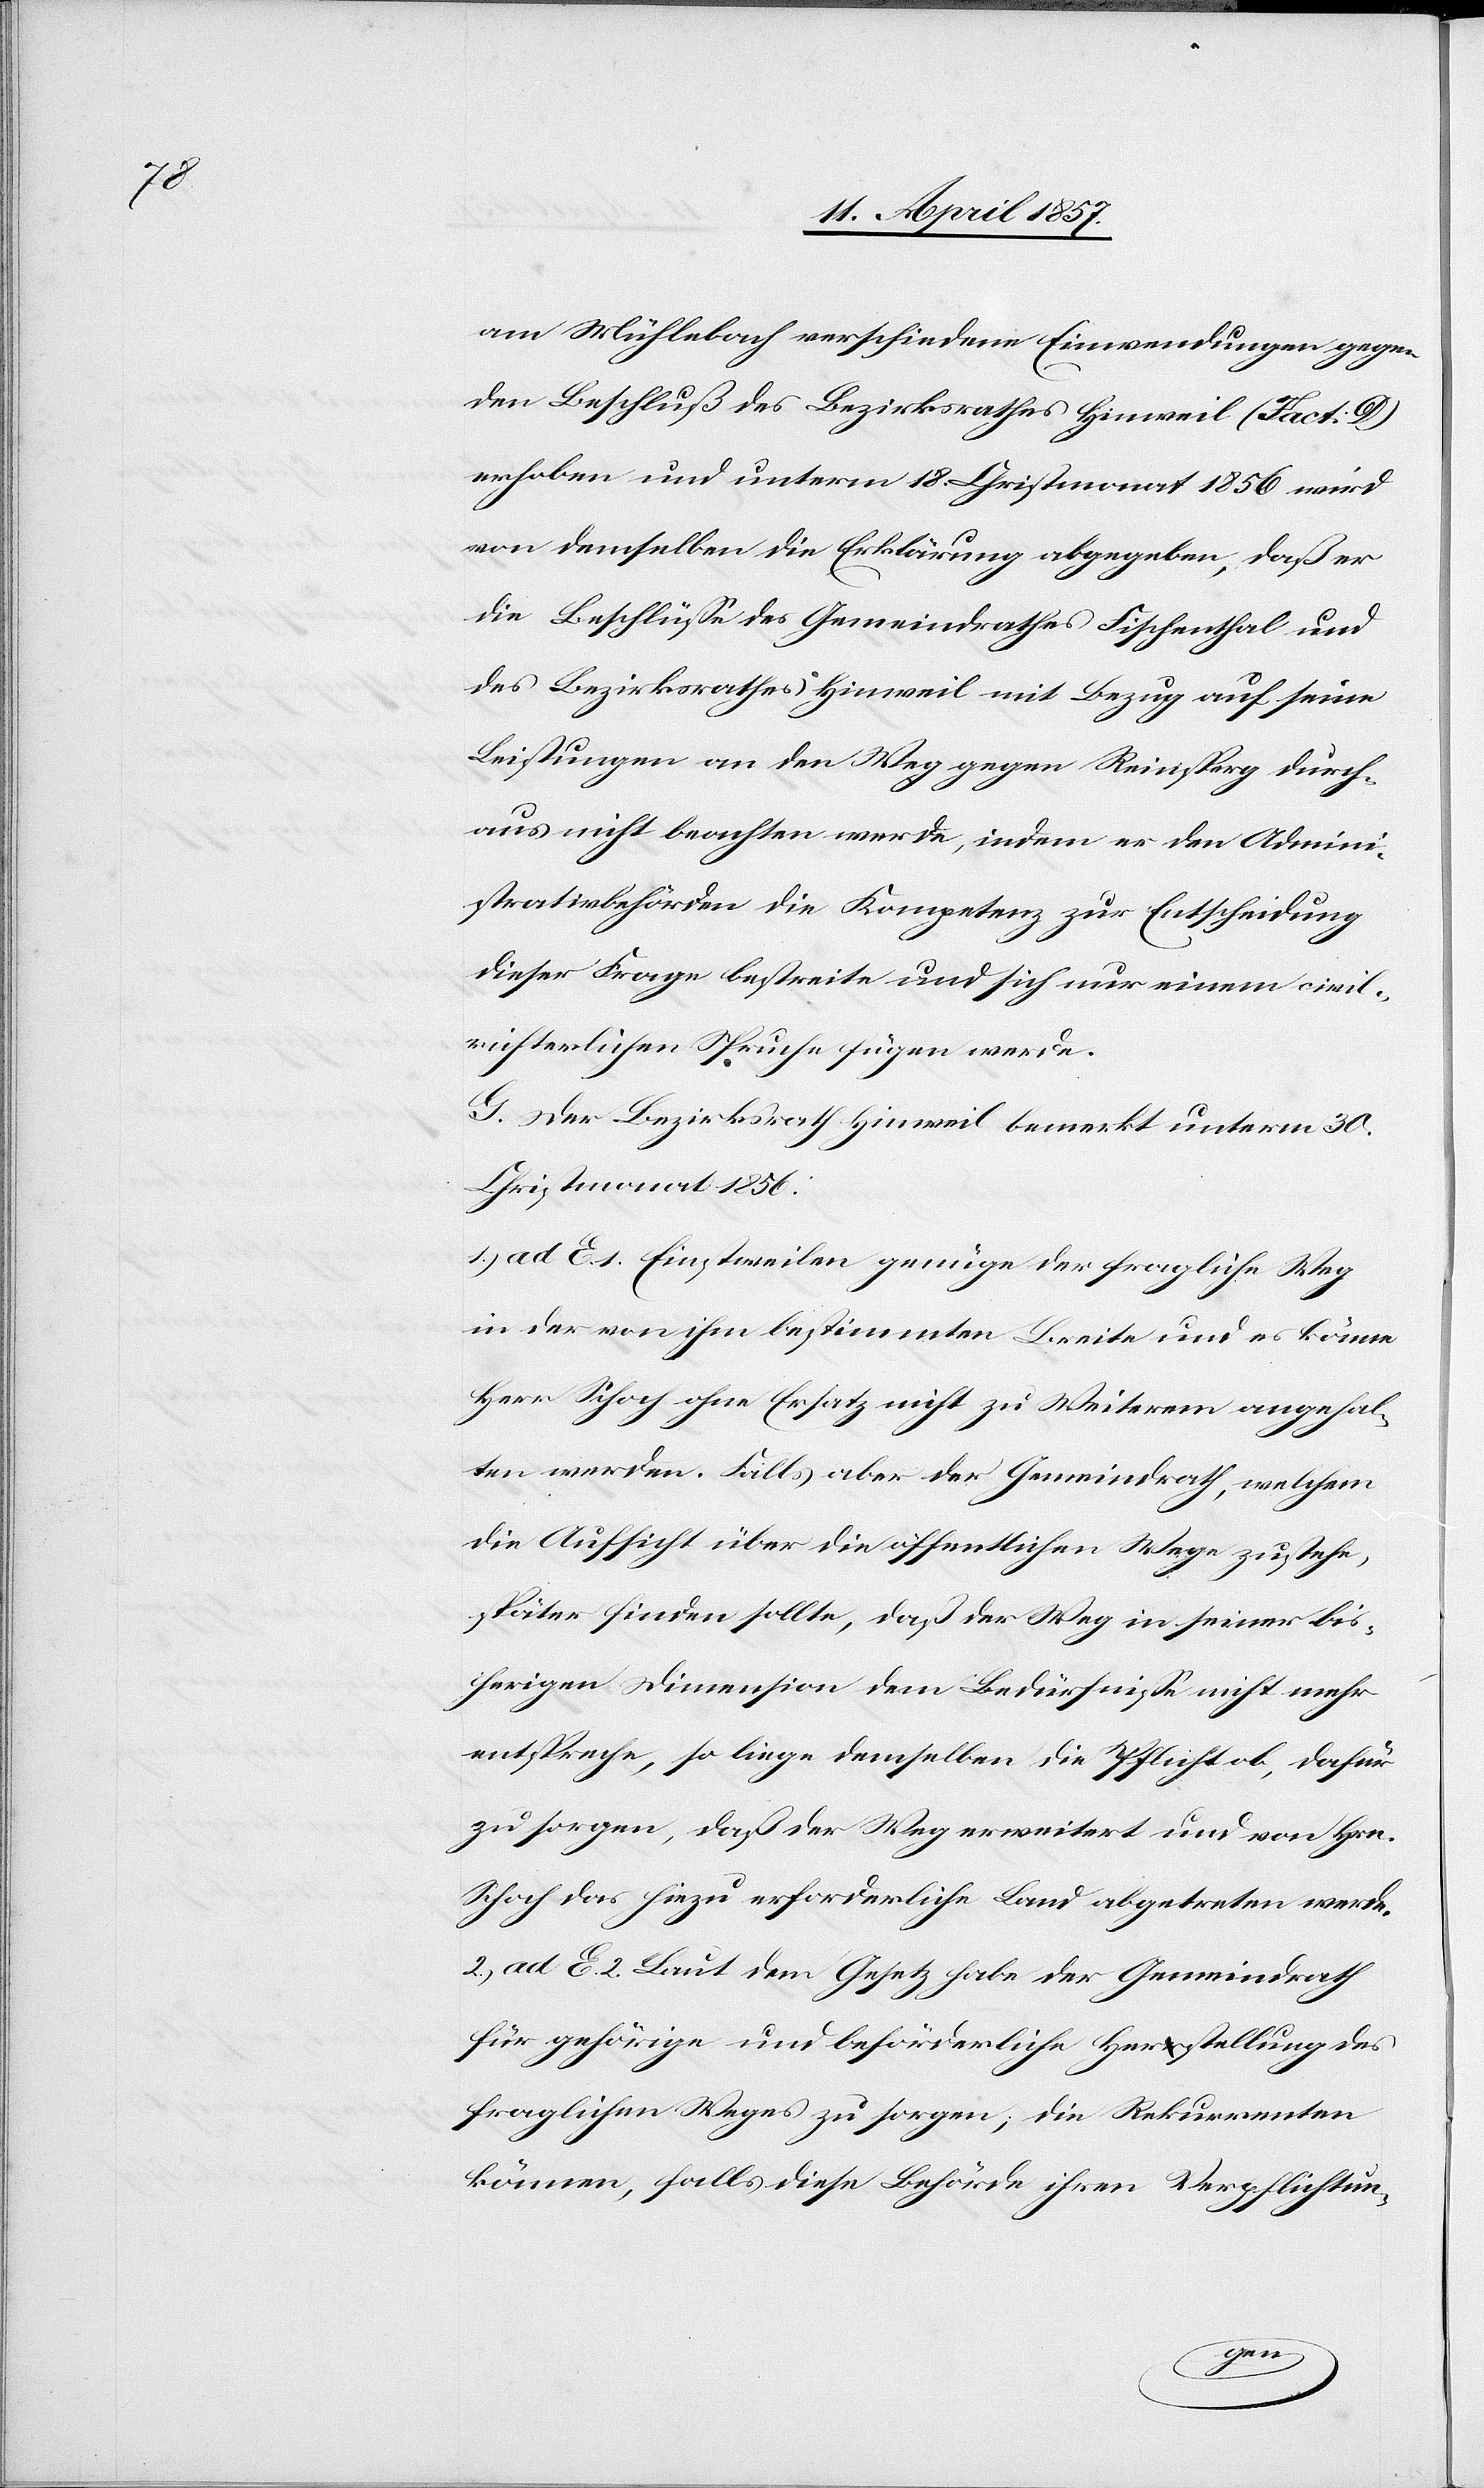
am Mühlebach verschiedene Einwendungen gegen
den Beschluß des Bezirksrathes Hinweil (Fact: D)
erhoben und unterm 18. Christmonat 1856 wird
von demselben die Erklärung abgegeben, daß er
die Beschlüsse des Gemeindrathes Fischenthal und
des Bezirksrathes Hinweil mit Bezug auf seine
Leistungen an den Weg gegen Reinsperg durch¬
aus nicht beachten werde, indem er den Admini¬
strativbehörden die Kompetenz zur Entscheidung
dieser Frage bestreite und sich nur einem civil¬
richterlichen Spruche fügen werde.
G. Der Bezirksrath Hinweil bemerkt unterm 30.
Christmonat 1856:
1.) ad E. 1. Einstweilen genüge der fragliche Weg
in der von ihm bestimmten Breite und es könne
Herr Schoch ohne Ersatz nicht zu Weiterem angehal¬
ten werden. Falls aber der Gemeindrath, welchem
die Aufsicht über die öffentlichen Wege zustehe,
später finden sollte, daß der Weg in seiner bis¬
herigen Dimension dem Bedürfnisse nicht mehr
entspreche, so liege demselben die Pflicht ob, dafür
zu sorgen, daß der Weg erweitert und von Hrn.
Schoch das hiezu erforderliche Land abgetreten werde.
2.) ad E. 2. Laut dem Gesetz habe der Gemeindrath
für gehörige und beförderliche Herstellung des
fraglichen Weges zu sorgen; die Rekurrenten
können, falls diese Behörde ihren Verpflichtun-